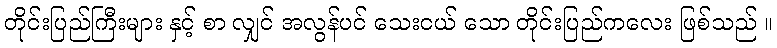
တိုင်းပြည်ကြီးများ နှင့် စာ လျှင် အလွန်ပင် သေးငယ် သော တိုင်းပြည်ကလေး ဖြစ်သည် ။